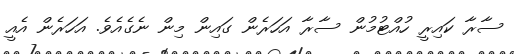
ސާރާ ކައިރީ ހުއްޓުމުން ސާރާ އަހަރެން ގައިން މިން ނެގެއެވެ. އަހަރެން އެއީ